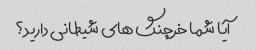
آیا شما خرچنگ های شیطانی دارید؟